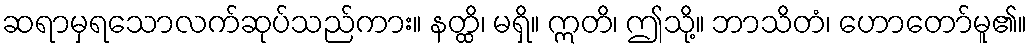
ဆရာမှရသောလက်ဆုပ်သည်ကား။ နတ္ထိ၊ မရှိ။ ဣတိ၊ ဤသို့။ ဘာသိတံ၊ ဟောတော်မူ၏။